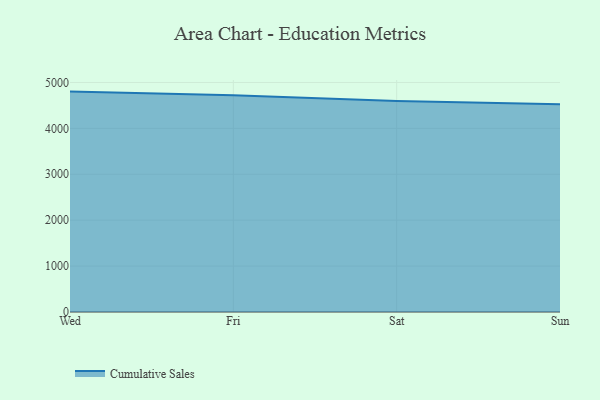
{"axis": {"x": "Day", "y": "Demand Index"}, "legend": ["Cumulative Sales"], "data": [{"x": "Wed", "y": 4800.9, "type": "Cumulative Sales"}, {"x": "Fri", "y": 4723.8, "type": "Cumulative Sales"}, {"x": "Sat", "y": 4595.6, "type": "Cumulative Sales"}, {"x": "Sun", "y": 4527.4, "type": "Cumulative Sales"}]}